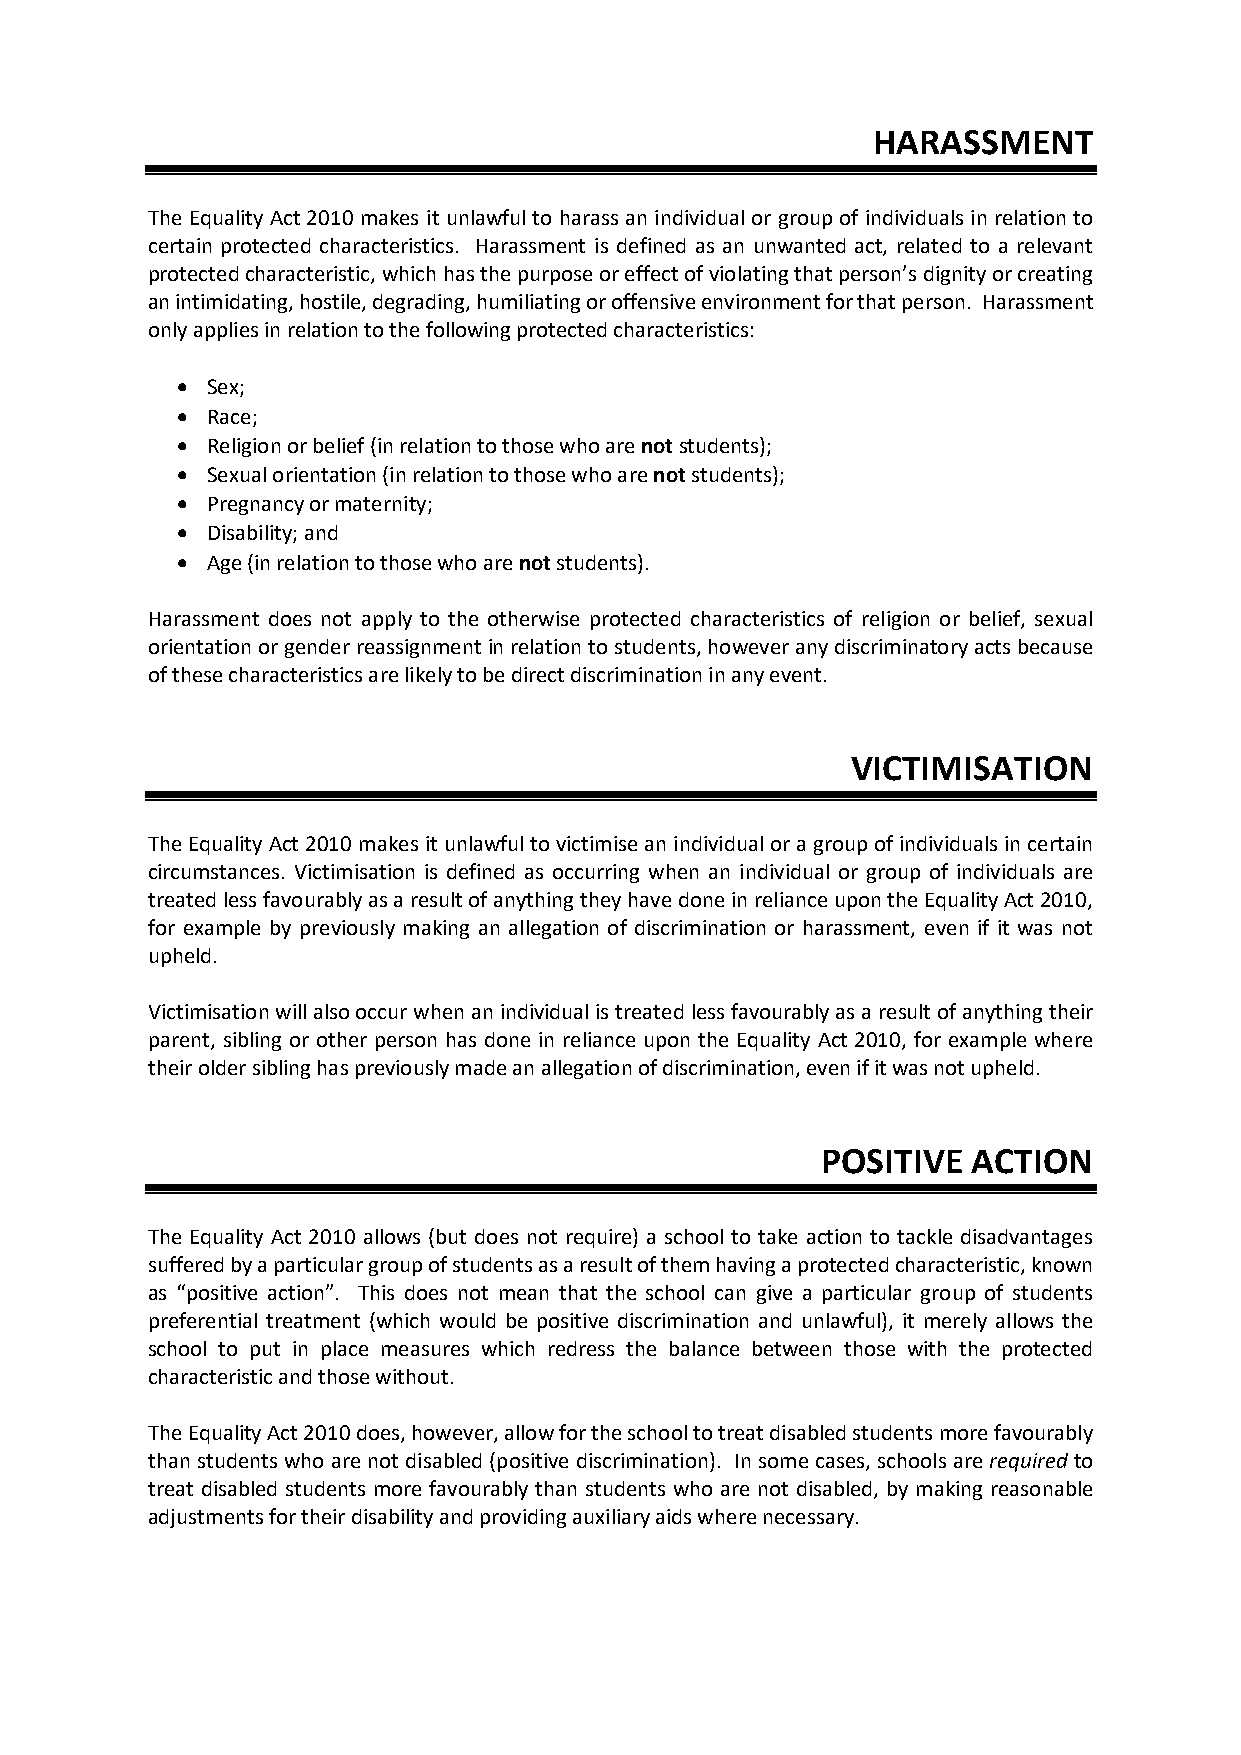
HARASSMENT
 The Equality Act 2010 makes it unlawful to harass an individual or group of individuals in relation to
 certain protected characteristics. Harassment is defined as an unwanted act, related to a relevant
 protected characteristic, which has the purpose or effect of violating that person’s dignity or creating
 an intimidating, hostile, degrading, humiliating or offensive environment for that person. Harassment
 only applies in relation to the following protected characteristics:
 • Sex;
 • Race;
 • Religion or belief (in relation to those who are not students);
 • Sexual orientation (in relation to those who are not students);
 • Pregnancy or maternity;
 • Disability; and
 • Age (in relation to those who are not students).
 Harassment does not apply to the otherwise protected characteristics of religion or belief, sexual
 orientation or gender reassignment in relation to students, however any discriminatory acts because
 of these characteristics are likely to be direct discrimination in any event.
 VICTIMISATION
 The Equality Act 2010 makes it unlawful to victimise an individual or a group of individuals in certain
 circumstances. Victimisation is defined as occurring when an individual or group of individuals are
 treated less favourably as a result of anything they have done in reliance upon the Equality Act 2010,
 for example by previously making an allegation of discrimination or harassment, even if it was not
 upheld.
 Victimisation will also occur when an individual is treated less favourably as a result of anything their
 parent, sibling or other person has done in reliance upon the Equality Act 2010, for example where
 their older sibling has previously made an allegation of discrimination, even if it was not upheld.
 POSITIVE  ACTION
 The Equality Act 2010 allows (but does not require) a school to take action to tackle disadvantages
 suffered by a particular group of students as a result of them having a protected characteristic, known
 as “positive action”. This does not mean that the school can give a particular group of students
 preferential treatment (which would be positive discrimination and unlawful), it merely allows the
 school to put in place measures which redress the balance between those with the protected
 characteristic and those without.
 The Equality Act 2010 does, however, allow for the school to treat disabled students more favourably
 than students who are not disabled (positive discrimination). In some cases, schools are required to
 treat disabled students more favourably than students who are not disabled, by making reasonable
 adjustments for their disability and providing auxiliary aids where necessary.